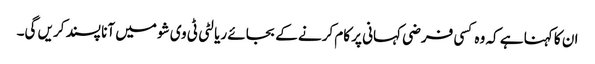
ان کا کہنا ہے کہ وہ کسی فرضی کہانی پر کام کرنے کے بجائے ریالٹی ٹی وی شو میں آنا پسند کریں گی۔